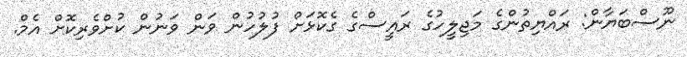
ނޫސްބަޔާން: ރައްޔިތުންގެ މަޖިލީހުގެ ރައީސްގެ ގެކޮޅަށް ފުލުހުން ވަން ވަނުން ކުށްވެރިކޮށް އެމް.